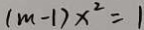
( m - 1 ) x ^ { 2 } = 1